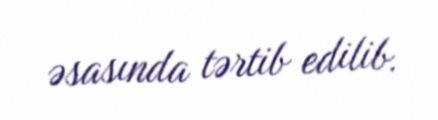
əsasında tərtib edilib.